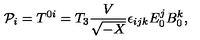
{ \cal P } _ { i } = T ^ { 0 i } = T _ { 3 } \frac { V } { \sqrt { - X } } \epsilon _ { i j k } E _ { 0 } ^ { j } B _ { 0 } ^ { k } ,